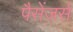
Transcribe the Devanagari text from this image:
पैसेंजर्स